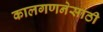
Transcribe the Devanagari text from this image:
कालगणनेसाठी